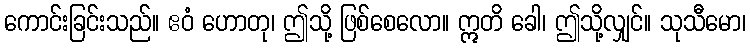
ကောင်းခြင်းသည်။ ဧဝံ ဟောတု၊ ဤသို့ ဖြစ်စေလော။ ဣတိ ခေါ၊ ဤသို့လျှင်။ သုသီမော၊